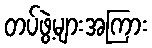
တပ်ဖွဲ့များအကြား